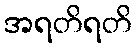
အရတိရတိ